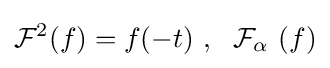
{\mathcal {F}}^{2}(f)=f(-t)~,~~{\mathcal {F}}_{\alpha }~(f)